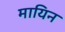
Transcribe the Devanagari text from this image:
मायिन